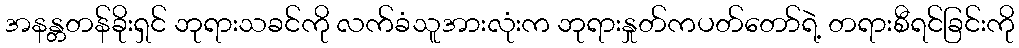
အနန္တတန်ခိုးရှင် ဘုရားသခင်ကို လက်ခံသူအားလုံးက ဘုရားနှုတ်ကပတ်တော်ရဲ့ တရားစီရင်ခြင်းကို